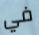
في